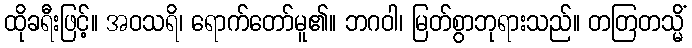
ထိုခရီးဖြင့်။ အဝသရိ၊ ရောက်တော်မူ၏။ ဘဂဝါ၊ မြတ်စွာဘုရားသည်။ တတြတသ္မိံ